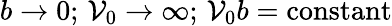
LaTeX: b\to0;\, \mathcal{V}_{0}\to\infty;\, \mathcal{V}_{0}b=\mathrm{{constant}}